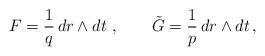
LaTeX: \begin{align*} F = \frac{1}{q} \,dr\wedge dt \ , \qquad \tilde{G} = \frac{1}{p} \,dr \wedge dt\, ,\end{align*}